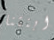
ابنتنا